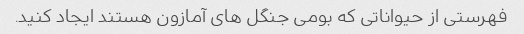
فهرستی از حیواناتی که بومی جنگل های آمازون هستند ایجاد کنید.